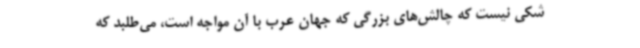
شکی نیست که چالش‌های بزرگی که جهان عرب با آن مواجه است، می‌طلبد که